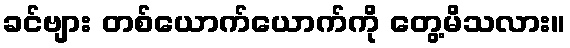
ခင်ဗျား တစ်ယောက်ယောက်ကို တွေ့မိသလား။